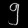
Digit: ၅